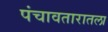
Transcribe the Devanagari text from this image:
पंचावतारातला